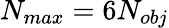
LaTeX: N_{max}=6N_{obj}